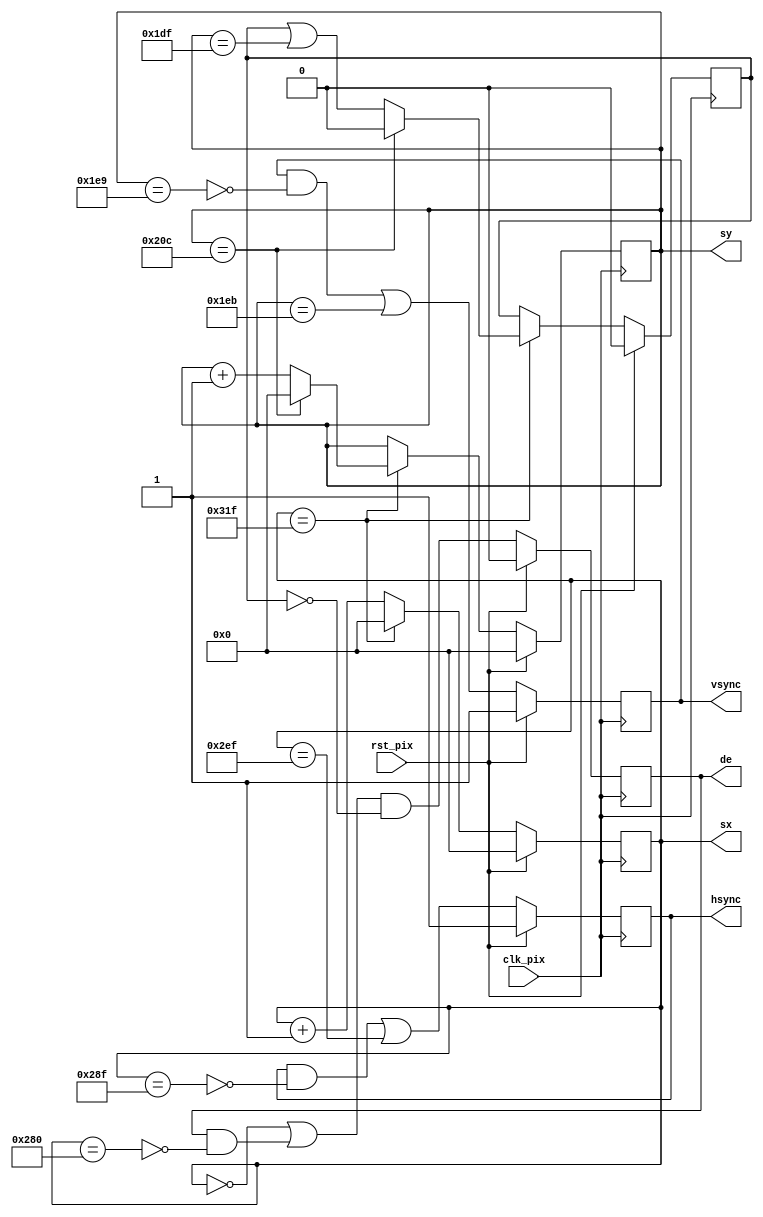
// Project F: FPGA Graphics - Simple 640x480p60 Display
// (C)2022 Will Green, open source hardware released under the MIT License
// Learn more at https://projectf.io/posts/fpga-graphics/

// Matthias Koch, 2023: Changed to registered output of hsync, vsync and de, 1 clock cycle later.

`default_nettype none
`timescale 1ns / 1ps

module simple_480p_regs (
   input  wire clk_pix,   // pixel clock
   input  wire rst_pix,   // reset in pixel clock domain
   output reg  [9:0] sx,  // horizontal screen position
   output reg  [9:0] sy,  // vertical screen position
   output reg  hsync,     // horizontal sync
   output reg  vsync,     // vertical sync
   output reg  de         // data enable (low in blanking interval)
);

   // Horizontal timings
   parameter HA_END = 639;           // end of active pixels
   parameter HS_STA = HA_END + 16;   // sync starts after front porch
   parameter HS_END = HS_STA + 96;   // sync ends
   parameter LINE   = 799;           // last pixel on line (after back porch)

   // Vertical timings
   parameter VA_END = 479;           // end of active pixels
   parameter VS_STA = VA_END + 10;   // sync starts after front porch
   parameter VS_END = VS_STA + 2;    // sync ends
   parameter SCREEN = 524;           // last line on screen (after back porch)

   reg blanky;

   always @(posedge clk_pix)
   begin
      if (rst_pix) begin
         sx <= 0;
         sy <= 0;
         hsync  <= 1;
         vsync  <= 1;
         de     <= 0;
         blanky <= 0;
      end
      else begin

         hsync <= (hsync & ~(sx == HS_STA)) | (sx == HS_END); // negative polarity
         vsync <= (vsync & ~(sy == VS_STA)) | (sy == VS_END); // negative polarity

         de <= ((sx == 0) | (de & ~(sx == HA_END+1))) & ~blanky;

         if (sx == LINE) begin  // last pixel on line?
             sx <= 0;

             if (sy == SCREEN) begin sy <= 0;      blanky <= 0;                       end
             else              begin sy <= sy + 1; blanky <= blanky | (sy == VA_END); end

         end else begin
            sx <= sx + 1;
         end

      end
   end
endmodule